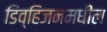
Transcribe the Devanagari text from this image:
डिव्हिजनमधील